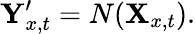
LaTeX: \textbf Y_{x,t}^{\prime}=N(\textbf X_{x,t}).